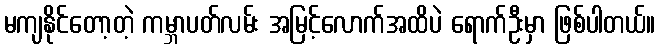
မကျနိုင်တော့တဲ့ ကမ္ဘာပတ်လမ်း အမြင့်လောက်အထိပဲ ရောက်ဦးမှာ ဖြစ်ပါတယ်။